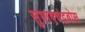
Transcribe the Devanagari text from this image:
सुभाषचंद्रबोस